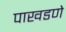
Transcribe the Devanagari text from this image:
पाखडणे